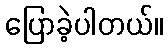
ပြောခဲ့ပါတယ်။